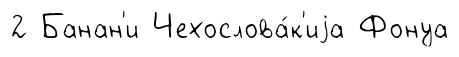
2 Банан'и Чехослова́к'иjа Фонуа